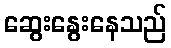
ဆွေးနွေးနေသည်